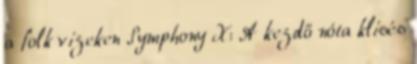
a folk vizeken Symphony X: A kezdő nóta klisés